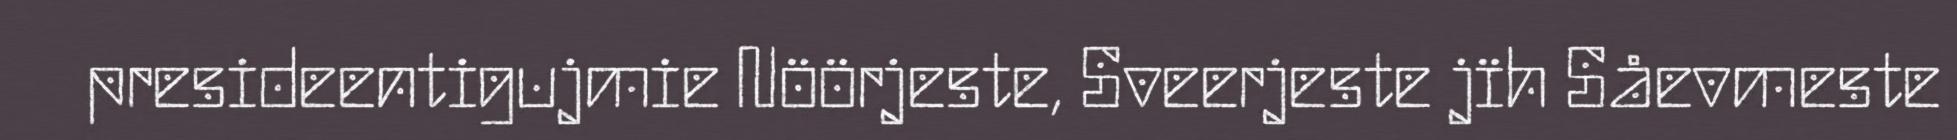
presideentigujmie Nöörjeste, Sveerjeste jïh Såevmeste